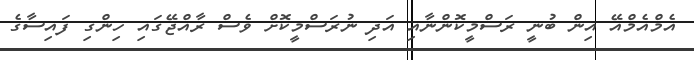
އެމްއެމްއޭ އިން ބުނީ ރަސްމީކޮންނާއި އަދި ނުރަސްމީކޮށް ވެސް ރާއްޖޭގައި ހިންގި ފައިސާގެ